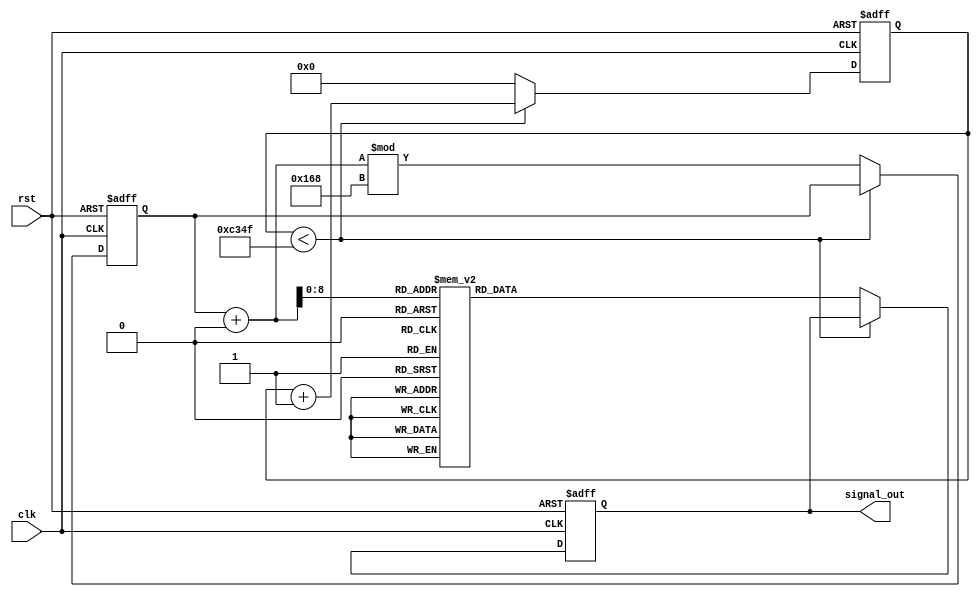
module signal_generator #(
    parameter CLK_FREQ = 50_000_000, // Clock frequency in Hz
    parameter SIGNAL_FREQ = 1_000,    // Desired signal frequency in Hz
    parameter AMPLITUDE = 8'hFF,       // Maximum amplitude (8-bit)
    parameter PHASE_OFFSET = 0,        // Phase offset in degrees
    parameter SIGNAL_TYPE = 0           // 0: Sine, 1: Square, 2: Triangle
)(
    input wire clk,                     // Clock input
    input wire rst,                     // Reset input
    output reg [7:0] signal_out         // Output signal (8-bit)
);

    // Internal parameters
    localparam COUNTER_MAX = CLK_FREQ / SIGNAL_FREQ; // Counter max value for desired frequency
    localparam PHASE_MAX = 360; // Max phase for sine wave (in degrees)
    
    // Internal registers
    reg [31:0] counter;             // Counter for frequency generation
    reg [7:0] sine_lut [0:359];     // Sine lookup table
    reg [31:0] phase_accumulator;    // Phase accumulator for sine wave
    integer i;

    // Initialize sine lookup table
    initial begin
        for (i = 0; i < 360; i = i + 1) begin
            sine_lut[i] = (AMPLITUDE * ($sin(i * 3.14159 / 180.0))) / 2 + (AMPLITUDE / 2); // Scale to 0-255
        end
    end

    // Frequency generation and signal output
    always @(posedge clk or posedge rst) begin
        if (rst) begin
            counter <= 0;
            signal_out <= 0;
            phase_accumulator <= 0;
        end else begin
            if (counter < COUNTER_MAX - 1) begin
                counter <= counter + 1;
            end else begin
                counter <= 0;

                // Update phase accumulator for sine wave
                phase_accumulator <= (phase_accumulator + (360 * SIGNAL_FREQ / CLK_FREQ)) % PHASE_MAX;

                // Generate signal based on selected type
                case (SIGNAL_TYPE)
                    0: // Sine wave
                        signal_out <= sine_lut[phase_accumulator + PHASE_OFFSET];
                    1: // Square wave
                        signal_out <= (phase_accumulator < 180) ? AMPLITUDE : 0;
                    2: // Triangle wave
                        signal_out <= (phase_accumulator < 180) ? (AMPLITUDE * phase_accumulator / 180) : (AMPLITUDE * (360 - phase_accumulator) / 180);
                    default: // Default to zero
                        signal_out <= 0;
                endcase
            end
        end
    end
endmodule